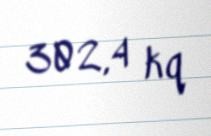
302,4 kq